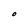
Character: O